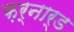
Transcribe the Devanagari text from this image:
फ़र्नार्ड